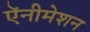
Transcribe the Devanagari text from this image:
ऍनीमेशन